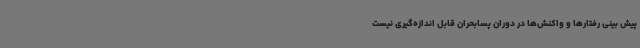
پیش بینی رفتارها و واکنش‌ها در دوران پسابحران قابل اندازه‌گیری نیست